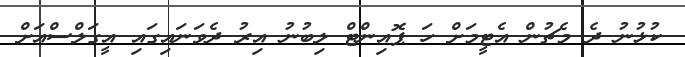
ކުޅުނު ދެ މެޗުން އެޓީމަށް ހަ ޕޮއިންޓް ލިބުނު އިރު ދެވަނައިގައި އީގަލްސްއަށް